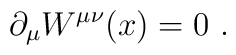
\partial_\mu W^{\mu\nu}(x)=0\ .